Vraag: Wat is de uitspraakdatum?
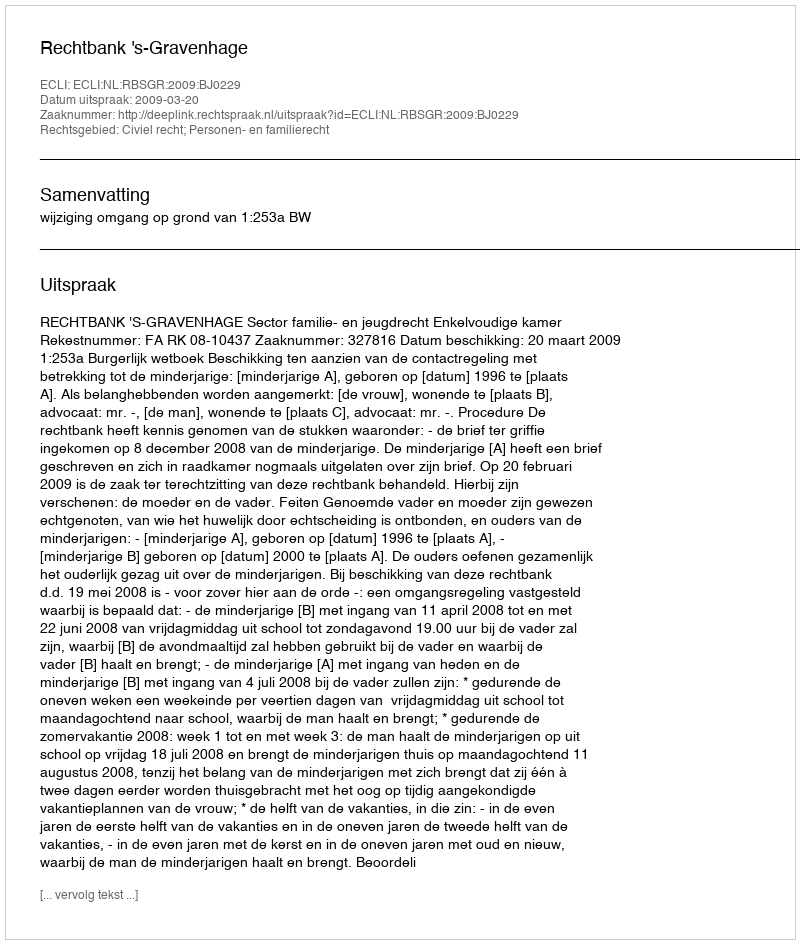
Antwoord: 2009-03-20